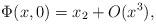
LaTeX: \begin{align*}\Phi(x,0)=x_2+O(x^3),\end{align*}